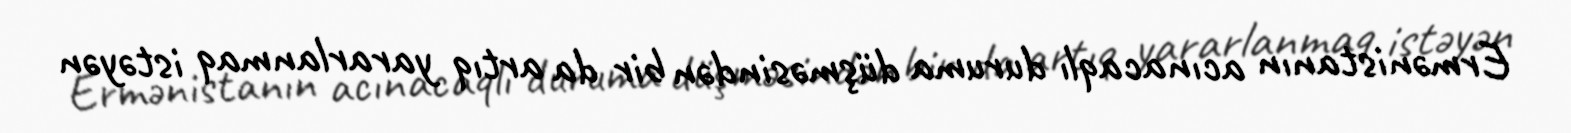
Ermənistanın acınacaqlı duruma düşməsindən bir da artıq yararlanmaq istəyən